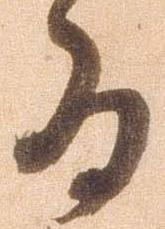
為